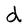
Character: d